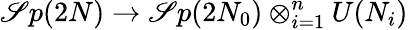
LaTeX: \mathscr{S}p(2N)\to\mathscr{S}p(2N_{0})\otimes_{i=1}^{n}U(N_{i})